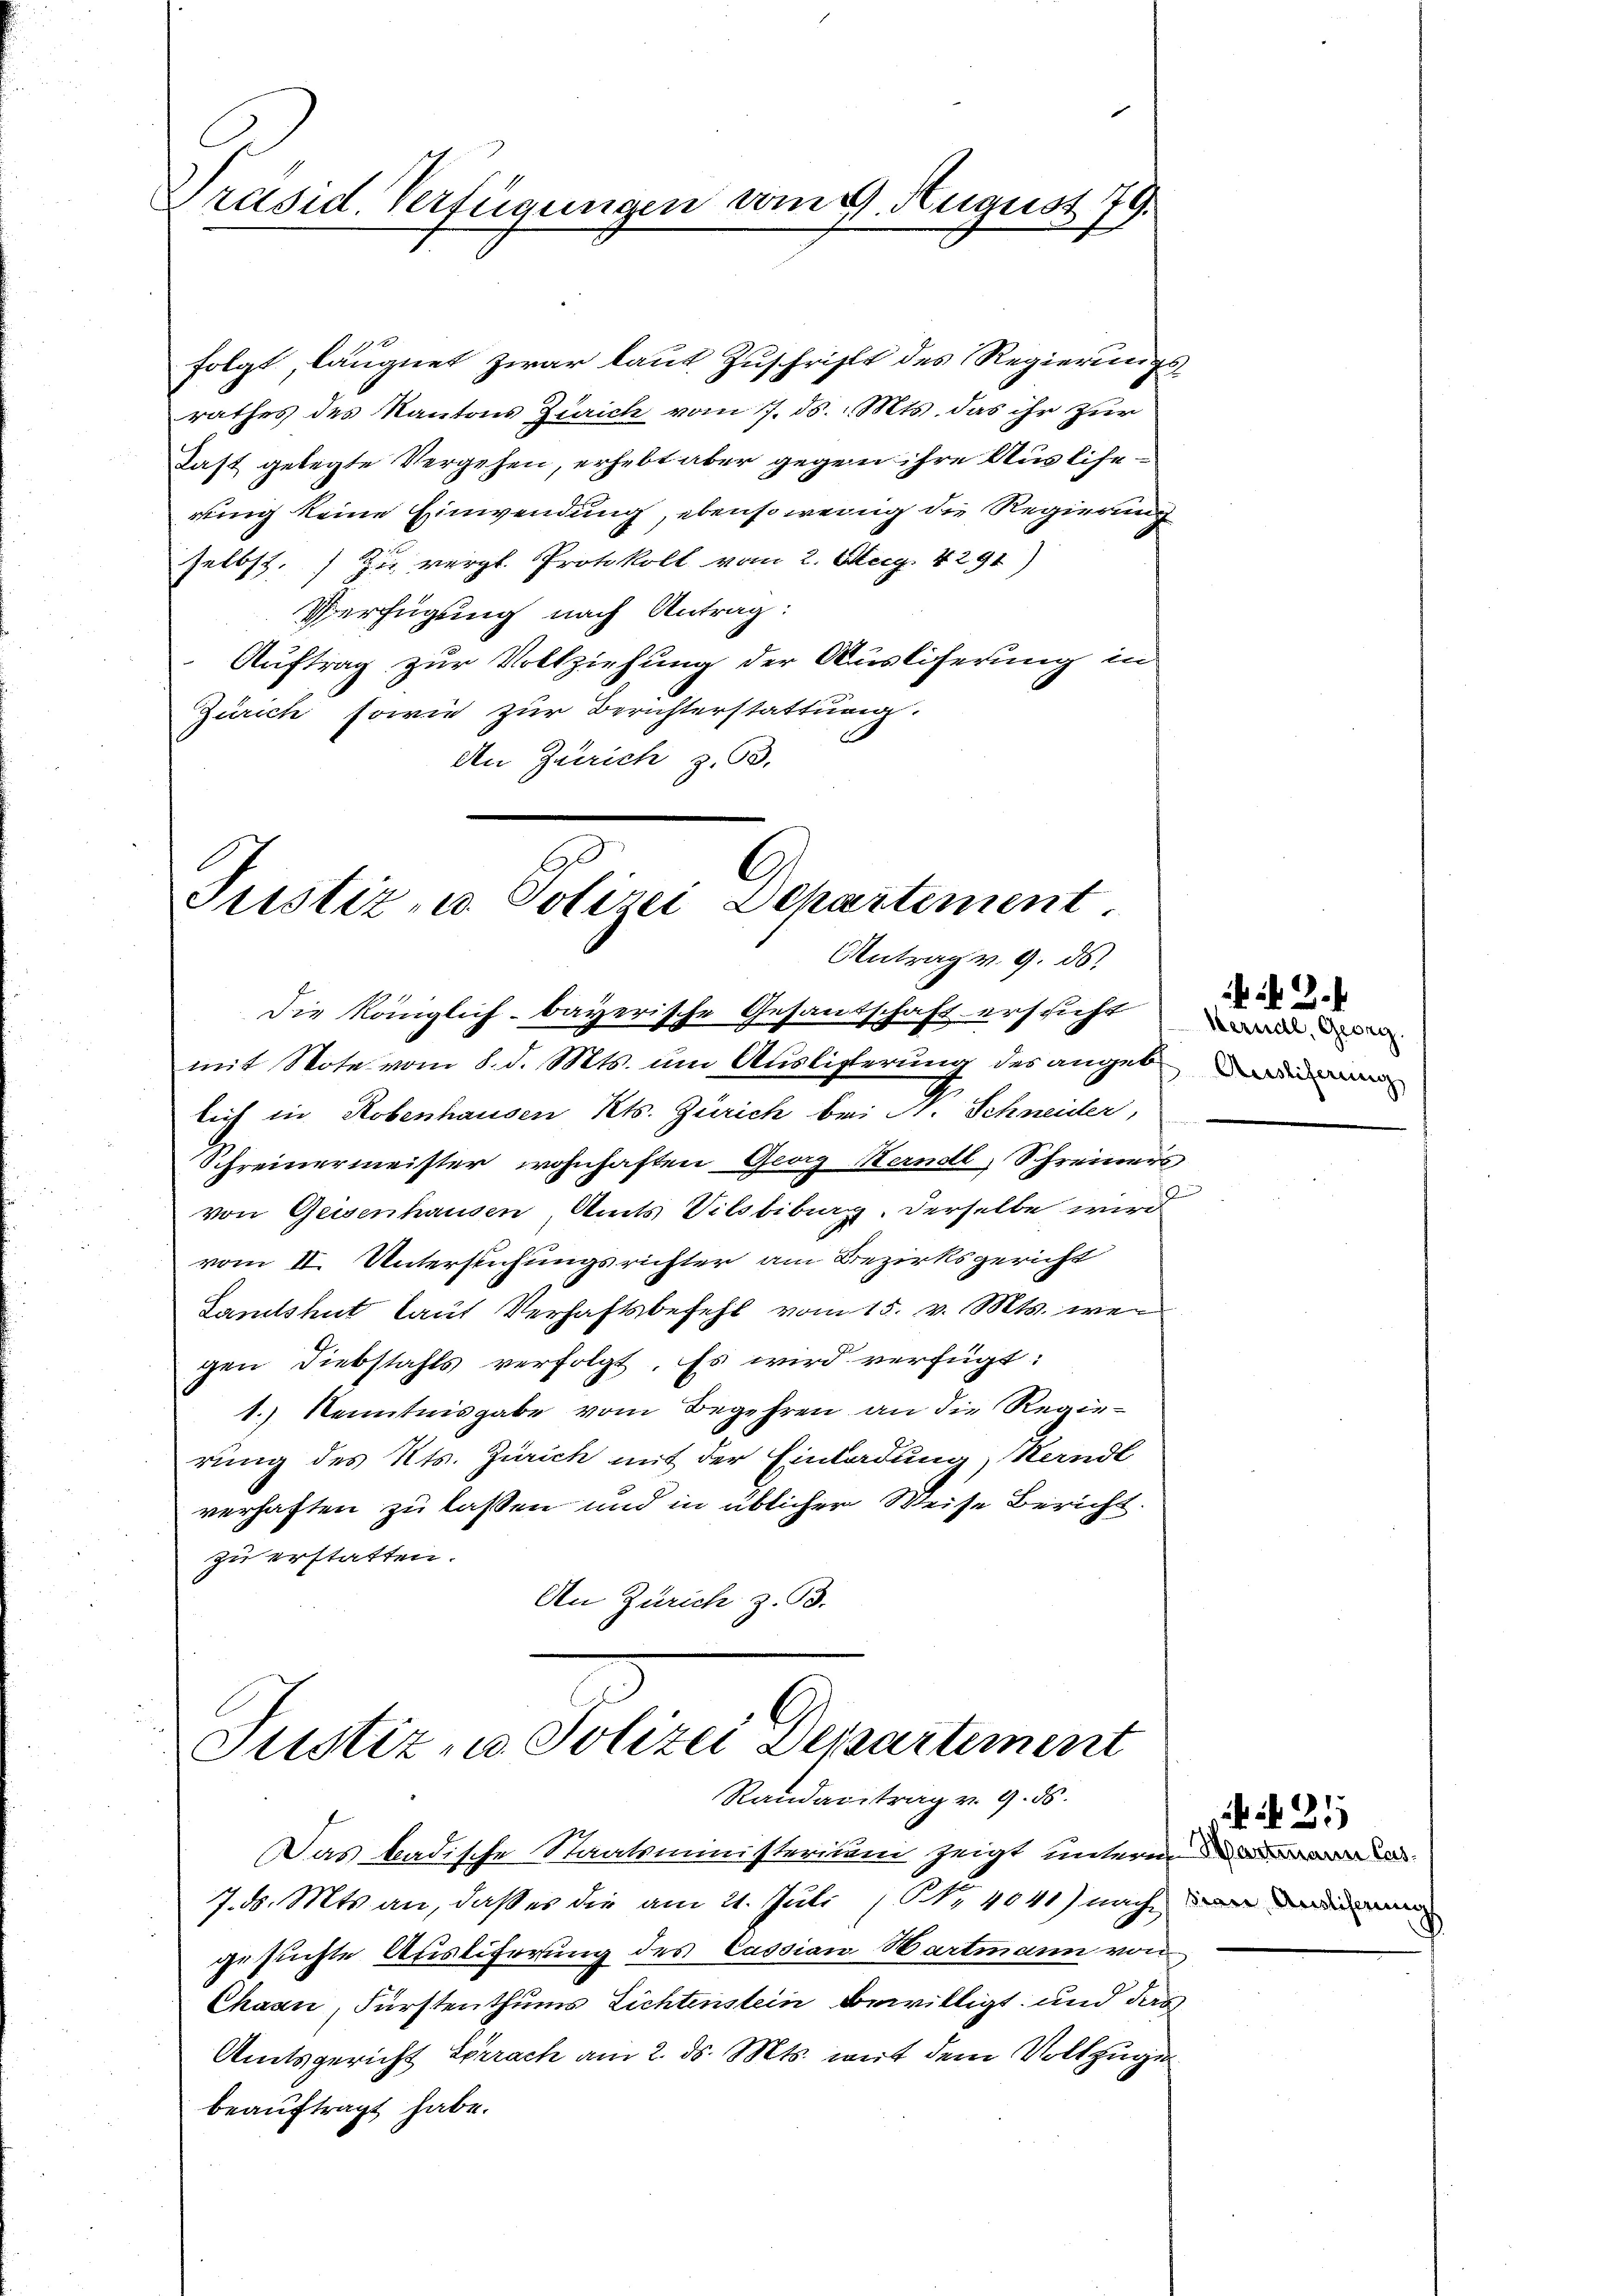
Präsid. Verfügungen vom 4. August 179.

folgt, läugnet zwar laut Zuschrift des Regierungsrathes des Kantons Zürich vom 7. ds. Mts. das ihr zur
Last gelegte Vergehen, erhebt aber gegen ihre Ausliherung keine Einwendung, ebensowenig die Regierung
selbst, zu vergl. Protokoll vom 2. Mag. 4291)
Verfügung nach Antrag:
Auftrag zur Vollziehung der Auslieferung in
Zürich sowie zur Berichterstattung.
F
An Zürich z. 63.

Justiz- u. Polizei Departement.
Antrag v. 9. ds.

Die Königlich-bayerische Gesantschaft ersucht
mit Note vom 8. d. Mts. um Auslisterung des angeb
lich in Robenhausen Kts. Zürich bei M. Schneider,
Schreinermeister wohnhaften Georg Herndl, Schreiners
von Geisenhausen, Amts Vilsbiburg. Derselbe wird
vom II. Untersuchungsrichter am Bezirksgericht
Lamshut laut Verhaftsbefehl vom 15. v. Mts. wen
gen Diebstahls verfolgt. Es wird verfügt:
1.) Kenntnisgabe vom Begehren an die Regierung des Kts. Zürich mit der Einladung, Standt
verhaften zu lassen und in üblicher Weise Bericht.
zu erstatten.
An Zürich z. B.

Justiz, u. Polizei Departement
Randabtrag v. 9. ds.

Das badische Staatsministerium zeigt unteren das
7. d. Mts. an, daß es die am 21. Juli 191. 4041) nach de
gesuchte Ausliferung des Cassian Hartmann von
Chaan, Fürstenthums Lichtenstein bewilligt und das
Amtsgericht Lörrach am 2. ds. Mts. weit dem Vollzuge
beauftragt habe.

Werndl, Georg.
Auslieferung

N. 2.

N. 21